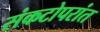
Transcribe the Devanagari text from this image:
संकटोपरांत